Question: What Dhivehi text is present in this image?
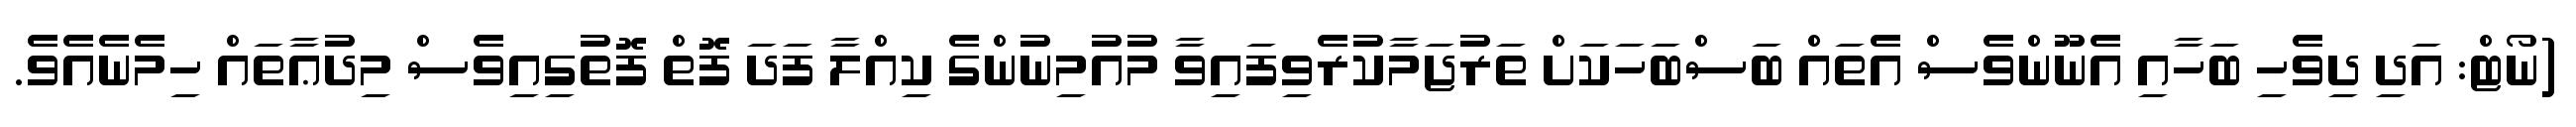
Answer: (ނޯޓް: އަދި ދިވެހި ބަހާއި އެނޫންވެސް އެތައް ބަސްބަހަކަށް ތަރުޖަމާކުރެވިފައިވާ މުއުމިނުންގެ ކިއްލާ ފަދަ ފޮތް ފޮތުގިއިވެސް މިދުޢާތައް ހިމެނެއެވެ.